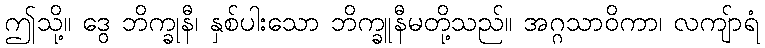
ဤသို့။ ဒွေ ဘိက္ခုနီ၊ နှစ်ပါးသော ဘိက္ခူနီမတို့သည်။ အဂ္ဂသာဝိကာ၊ လကျ်ာရံ